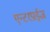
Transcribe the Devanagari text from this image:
एन्टरप्राईज़